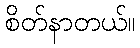
စိတ်နာတယ်။